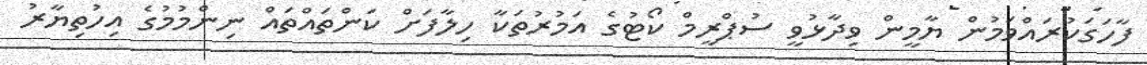
ފާހަގަކުރައްވަމުން ޔާމީން ވިދާޅުވީ ސުޕްރީމް ކޯޓުގެ އަމުރުތަކާ ހިލާފަށް ކަންތައްތައް ނިންމުމުގެ އިހުތިޔާރު